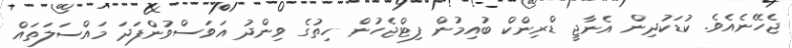
ޖެހޭނެއެވެ. ކުޑަކުދިން އެނާޖީ ޑްރިންކް ބުއިމުން ފިޓްޖެހުން ހިތުގެ ވިންދު އަވަސްވުންފަދަ މައްސަލަތައް